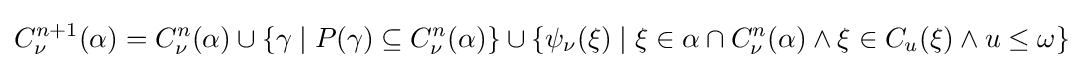
C_{\nu }^{n+1}(\alpha )=C_{\nu }^{n}(\alpha )\cup \{\gamma \mid P(\gamma )\subseteq C_{\nu }^{n}(\alpha )\}\cup \{\psi _{\nu }(\xi )\mid \xi \in \alpha \cap C_{\nu }^{n}(\alpha )\land \xi \in C_{u}(\xi )\land u\leq \omega \}